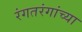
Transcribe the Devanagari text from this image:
रंगतरंगांच्या